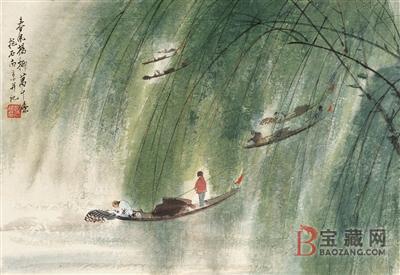
客思似杨柳，春风千万条。